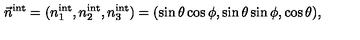
\vec { n } ^ { \mathrm { i n t } } = ( n _ { 1 } ^ { \mathrm { i n t } } , n _ { 2 } ^ { \mathrm { i n t } } , n _ { 3 } ^ { \mathrm { i n t } } ) = ( \sin \theta \cos \phi , \sin \theta \sin \phi , \cos \theta ) ,